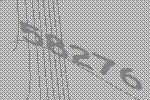
58276